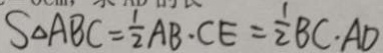
S _ { \Delta A B C } = \frac { 1 } { 2 } A B \cdot C E = \frac { 1 } { 2 } B C \cdot A D